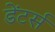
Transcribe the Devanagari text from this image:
डेंटर्स